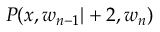
P ( x , w _ { n - 1 } | + 2 , w _ { n } )